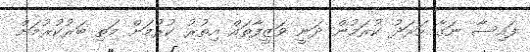
ފައިސާ ނަގާ ހަރަދު ކުރަމުން ދަނީ ވަޒީފާތައް އިތުރު ކުރުމަށް މަތި ބަރުކުރުމަށް